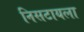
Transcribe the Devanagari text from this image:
निसटायला